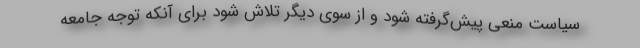
سیاست منعی پیش‌گرفته شود و از سوی دیگر تلاش شود برای آنکه توجه جامعه